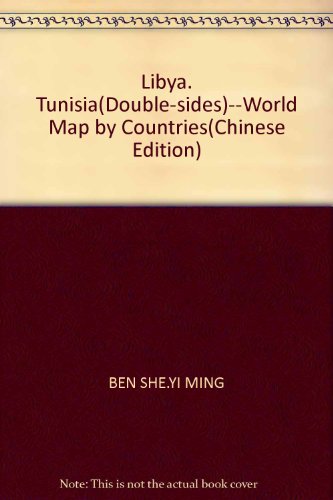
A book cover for Libya. Tunisia(Double-sides)--World Map by Countries(Chinese Edition); BEN SHE.YI MING; Travel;